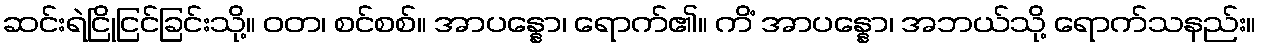
ဆင်းရဲငြိုငြင်ခြင်းသို့။ ဝတ၊ စင်စစ်။ အာပန္နော၊ ရောက်၏။ ကိံ အာပန္နော၊ အဘယ်သို့ ရောက်သနည်း။